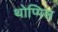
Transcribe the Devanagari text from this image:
थोप्पिल